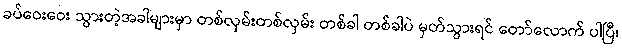
ခပ်ဝေးဝေး သွားတဲ့အခါများမှာ တစ်လှမ်းတစ်လှမ်း တစ်ခါ တစ်ခါပဲ မှတ်သွားရင် တော်လောက် ပါပြီ၊